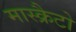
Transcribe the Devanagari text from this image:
मास्क्रैटो